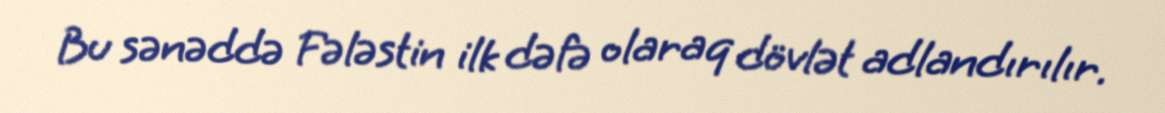
Bu sənəddə Fələstin ilk dəfə olaraq dövlət adlandırılır.